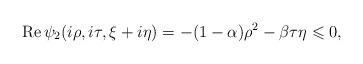
LaTeX: \begin{align*}\operatorname{Re}\psi_2(i\rho,i\tau,\xi+i\eta)=-(1-\alpha)\rho^2-\beta\tau\eta\leqslant 0,\end{align*}